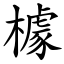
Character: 㯫